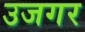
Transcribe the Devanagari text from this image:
उजगर